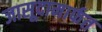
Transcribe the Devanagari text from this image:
जासूदामार्फत